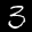
Label: 3